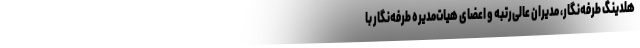
هلدینگ طرفه‌نگار، مدیران عالی‌رتبه و اعضای هیات‌مدیره طرفه‌‌نگار با